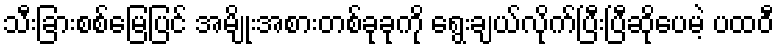
သီးခြားစစ်မြေပြင် အမျိုးအစားတစ်ခုခုကို ရွေးချယ်လိုက်ပြီးပြီဆိုပေမဲ့ ပထဝီ